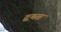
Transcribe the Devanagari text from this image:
द्वयस्र